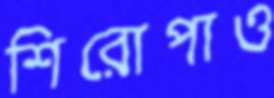
শিরোপাও